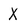
Character: X